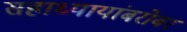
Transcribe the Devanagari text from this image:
सहाध्यायांबरोबर